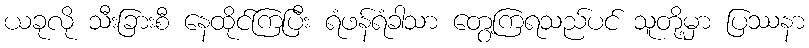
ယခုလို သီးခြားစီ နေထိုင်ကြပြီး ရံဖန်ရံခါသာ တွေ့ကြရသည်ပင် သူတို့မှာ ပြဿနာ